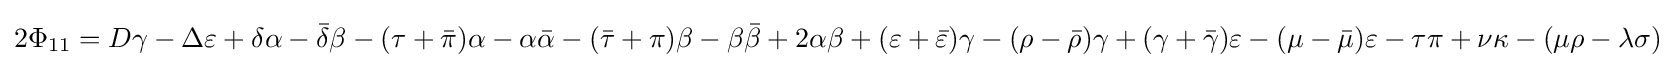
2\Phi _{11}=D\gamma -\Delta \varepsilon +\delta \alpha -{\bar {\delta }}\beta -(\tau +{\bar {\pi }})\alpha -\alpha {\bar {\alpha }}-({\bar {\tau }}+\pi )\beta -\beta {\bar {\beta }}+2\alpha \beta +(\varepsilon +{\bar {\varepsilon }})\gamma -(\rho -{\bar {\rho }})\gamma +(\gamma +{\bar {\gamma }})\varepsilon -(\mu -{\bar {\mu }})\varepsilon -\tau \pi +\nu \kappa -(\mu \rho -\lambda \sigma )